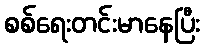
စစ်ရေးတင်းမာနေပြီး